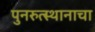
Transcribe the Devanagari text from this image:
पुनरुत्स्थानाचा